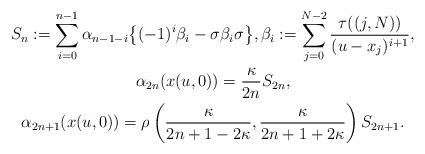
LaTeX: \begin{gather*}S_{n} :=\sum_{i=0}^{n-1}\alpha_{n-1-i}\big\{ (-1) ^{i}\beta_{i}-\sigma\beta_{i}\sigma\big\} , \beta_{i}:=\sum_{j=0}^{N-2}\frac{\tau((j,N)) }{(u-x_{j}) ^{i+1}},\\\alpha_{2n}(x(u,0)) =\frac{\kappa}{2n}S_{2n},\\\alpha_{2n+1}(x(u,0)) =\rho\left(\frac{\kappa}{2n+1-2\kappa},\frac{\kappa}{2n+1+2\kappa}\right) S_{2n+1}.\end{gather*}